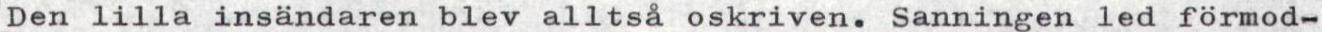
Den lilla insändaren blev alltså oskriven. Sanningen led förmod-